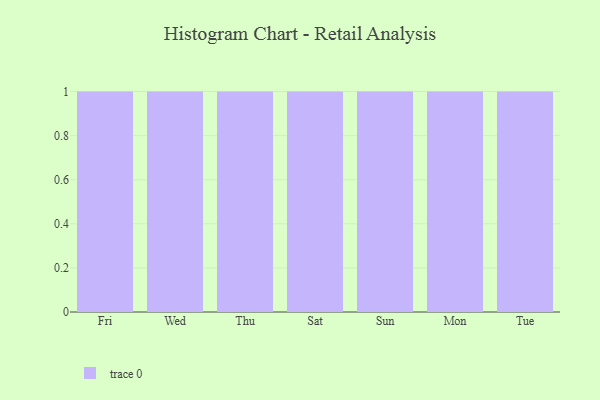
{"axis": {"x": "Day", "y": "Operating Costs (USD K)"}, "legend": [""], "data": [{"x": "Fri", "y": 27, "type": ""}, {"x": "Wed", "y": 61, "type": ""}, {"x": "Thu", "y": 44, "type": ""}, {"x": "Sat", "y": 41, "type": ""}, {"x": "Sun", "y": 69, "type": ""}, {"x": "Mon", "y": 89, "type": ""}, {"x": "Tue", "y": 6, "type": ""}]}